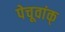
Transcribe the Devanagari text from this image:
पेचूवांक्